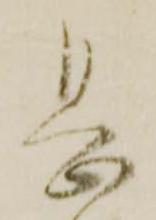
息